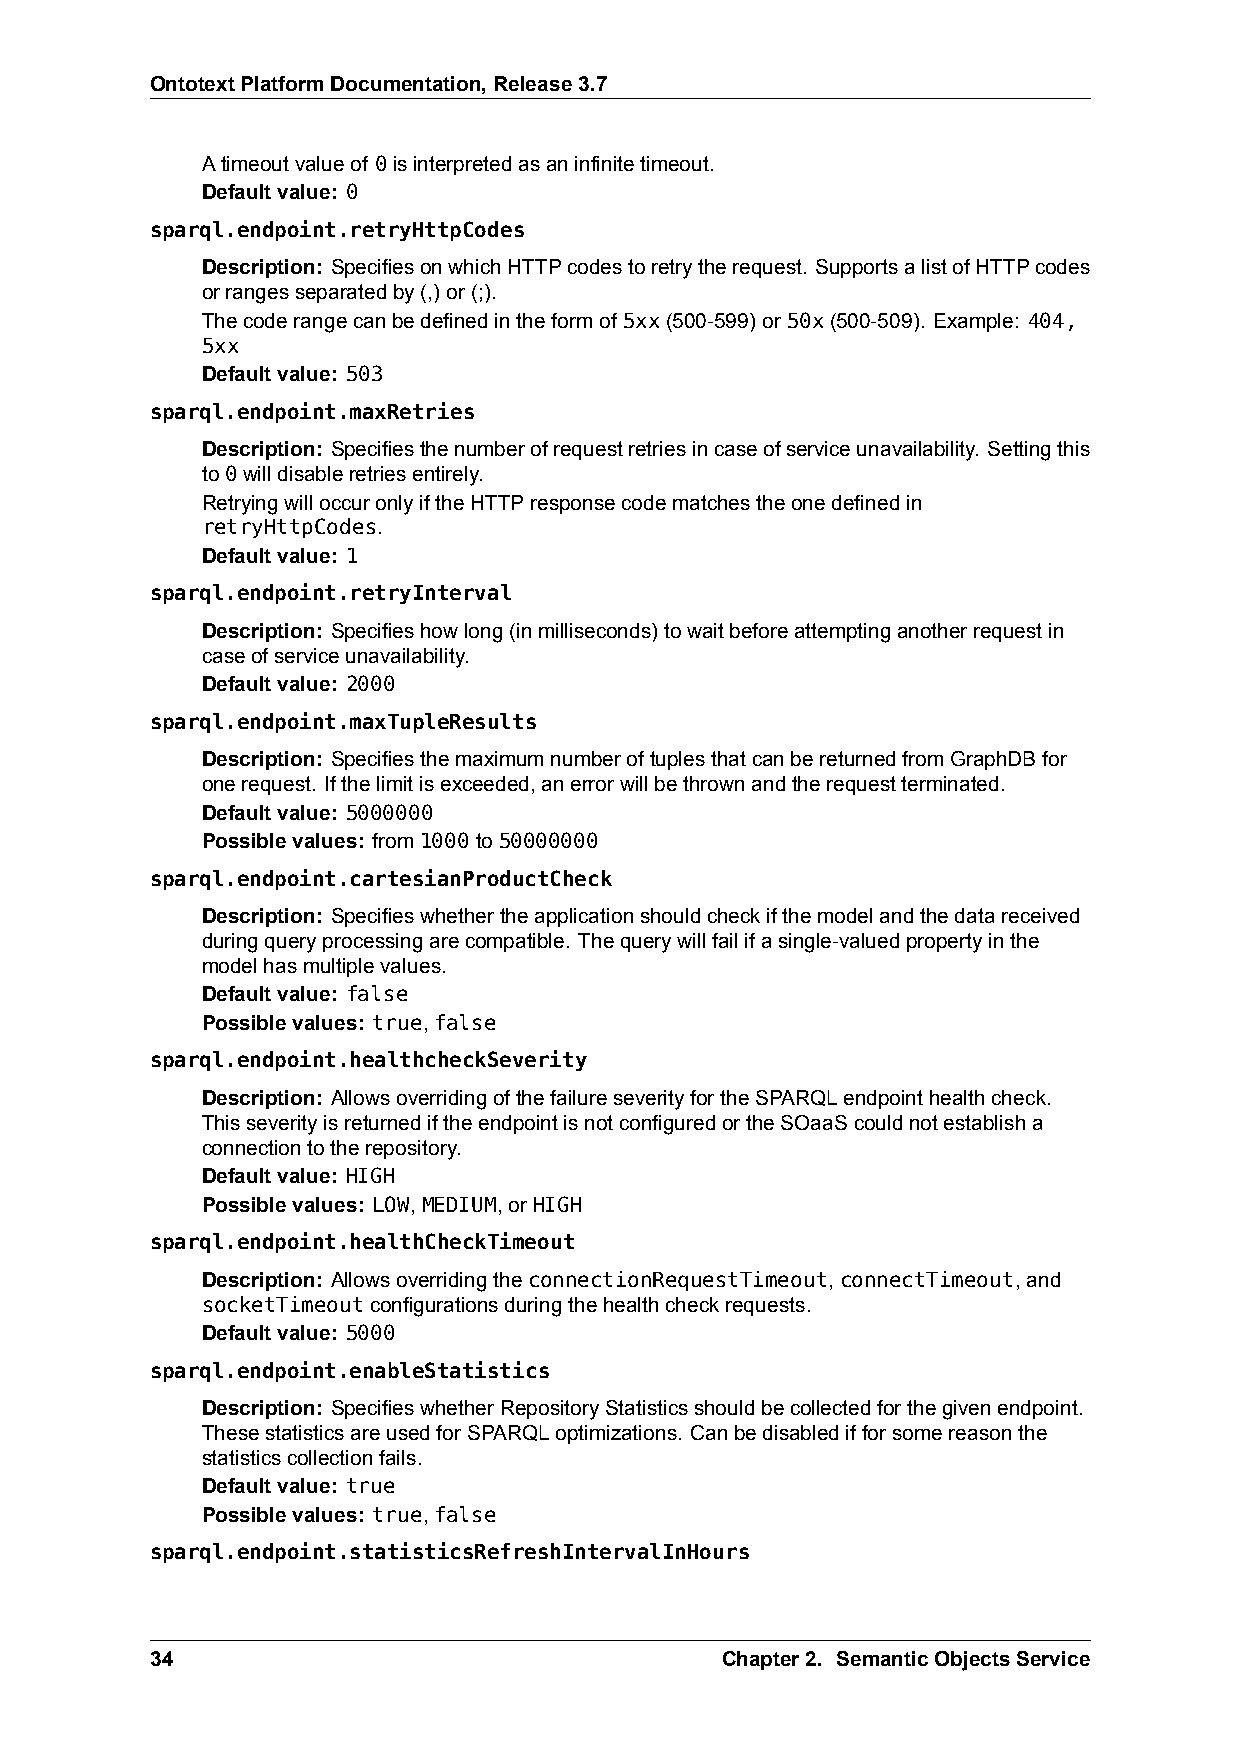
OntotextPlatformDocumentation,Release3.7
 Atimeoutvalueof 0isinterpretedasaninfinitetimeout.
 Defaultvalue: 0
 sparql.endpoint.retryHttpCodes
 Description: SpecifiesonwhichHTTPcodestoretrytherequest. SupportsalistofHTTPcodes
 orrangesseparatedby(,)or(;).
 Thecoderangecanbedefinedintheformof 5xx(500-599)or50x(500-509). Example: 404,
 5xx
 Defaultvalue: 503
 sparql.endpoint.maxRetries
 Description: Specifiesthenumberofrequestretriesincaseofserviceunavailability. Settingthis
 to0willdisableretriesentirely.
 RetryingwilloccuronlyiftheHTTPresponsecodematchestheonedefinedin
 retryHttpCodes.
 Defaultvalue: 1
 sparql.endpoint.retryInterval
 Description: Specifieshowlong(inmilliseconds)towaitbeforeattemptinganotherrequestin
 caseofserviceunavailability.
 Defaultvalue: 2000
 sparql.endpoint.maxTupleResults
 Description: SpecifiesthemaximumnumberoftuplesthatcanbereturnedfromGraphDBfor
 onerequest. Ifthelimitisexceeded,anerrorwillbethrownandtherequestterminated.
 Defaultvalue: 5000000
 Possiblevalues: from1000to50000000
 sparql.endpoint.cartesianProductCheck
 Description: Specifieswhethertheapplicationshouldcheckifthemodelandthedatareceived
 duringqueryprocessingarecompatible. Thequerywillfailifasingle-valuedpropertyinthe
 modelhasmultiplevalues.
 Defaultvalue: false
 Possiblevalues: true,false
 sparql.endpoint.healthcheckSeverity
 Description: AllowsoverridingofthefailureseverityfortheSPARQLendpointhealthcheck.
 ThisseverityisreturnediftheendpointisnotconfiguredortheSOaaScouldnotestablisha
 connectiontotherepository.
 Defaultvalue: HIGH
 Possiblevalues: LOW,MEDIUM,orHIGH
 sparql.endpoint.healthCheckTimeout
 Description: AllowsoverridingtheconnectionRequestTimeout,connectTimeout,and
 socketTimeoutconfigurationsduringthehealthcheckrequests.
 Defaultvalue: 5000
 sparql.endpoint.enableStatistics
 Description: SpecifieswhetherRepositoryStatisticsshouldbecollectedforthegivenendpoint.
 ThesestatisticsareusedforSPARQLoptimizations. Canbedisabledifforsomereasonthe
 statisticscollectionfails.
 Defaultvalue: true
 Possiblevalues: true,false
 sparql.endpoint.statisticsRefreshIntervalInHours
 34                                    Chapter2. SemanticObjectsService